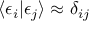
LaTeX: \langle \epsilon _ { i } | \epsilon _ { j } \rangle \approx \delta _ { i j }